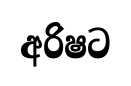
අරිෂට